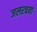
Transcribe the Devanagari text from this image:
जलरचना